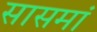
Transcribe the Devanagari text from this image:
सासमां